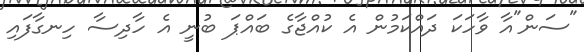
"ސަން"އާ ވާހަކަ ދައްކަމުން އެ ކުއްޖާގެ ބައްޕަ ބުނީ އެ ހާދިސާ ހިނގާފައި